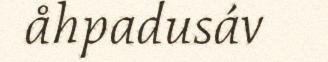
åhpadusáv